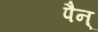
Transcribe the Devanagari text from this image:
पैन्